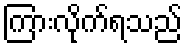
ကြားလိုက်ရသည်